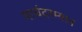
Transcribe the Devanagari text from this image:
मार्चदरम्यान